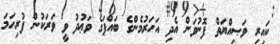
ކައިރި ވަޞިއްޔަތް ފޮނުވަން އެދި އަހަރުމެންގެ ބައްޕަގެ ވަޢުދު ވީ ވަރަކުން ފުރިހަމަ